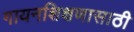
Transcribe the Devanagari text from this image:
गायनशिक्षणासाठी